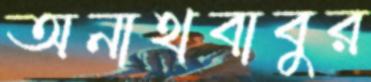
অনাথবাবুর